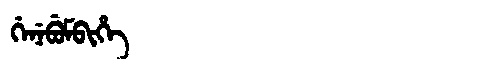
Manchu: ᡤᡝᠨᡝᠪᡠᠮᠪᡳᡥᡝ
Romanization: GENEBUMBIHE